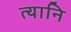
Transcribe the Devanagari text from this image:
त्यानि